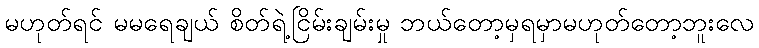
မဟုတ်ရင် မမရေချယ် စိတ်ရဲ့ငြိမ်းချမ်းမှု ဘယ်တော့မှရမှာမဟုတ်တော့ဘူးလေ